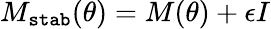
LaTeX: M_{\texttt{stab}}(\theta)=M(\theta)+\epsilon I